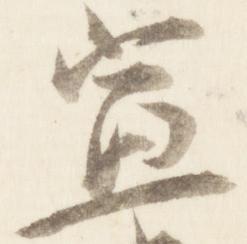
宣